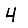
Digit: 4